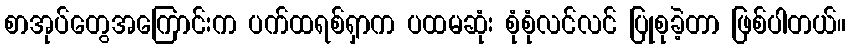
စာအုပ်တွေအကြောင်းက ပက်ထရစ်ရှာက ပထမဆုံး စုံစုံလင်လင် ပြုစုခဲ့တာ ဖြစ်ပါတယ်။